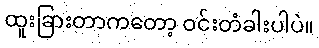
ထူးခြားတာကတော့ ဝင်းတံခါးပါပဲ။